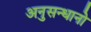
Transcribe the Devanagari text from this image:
अनुसन्धानो